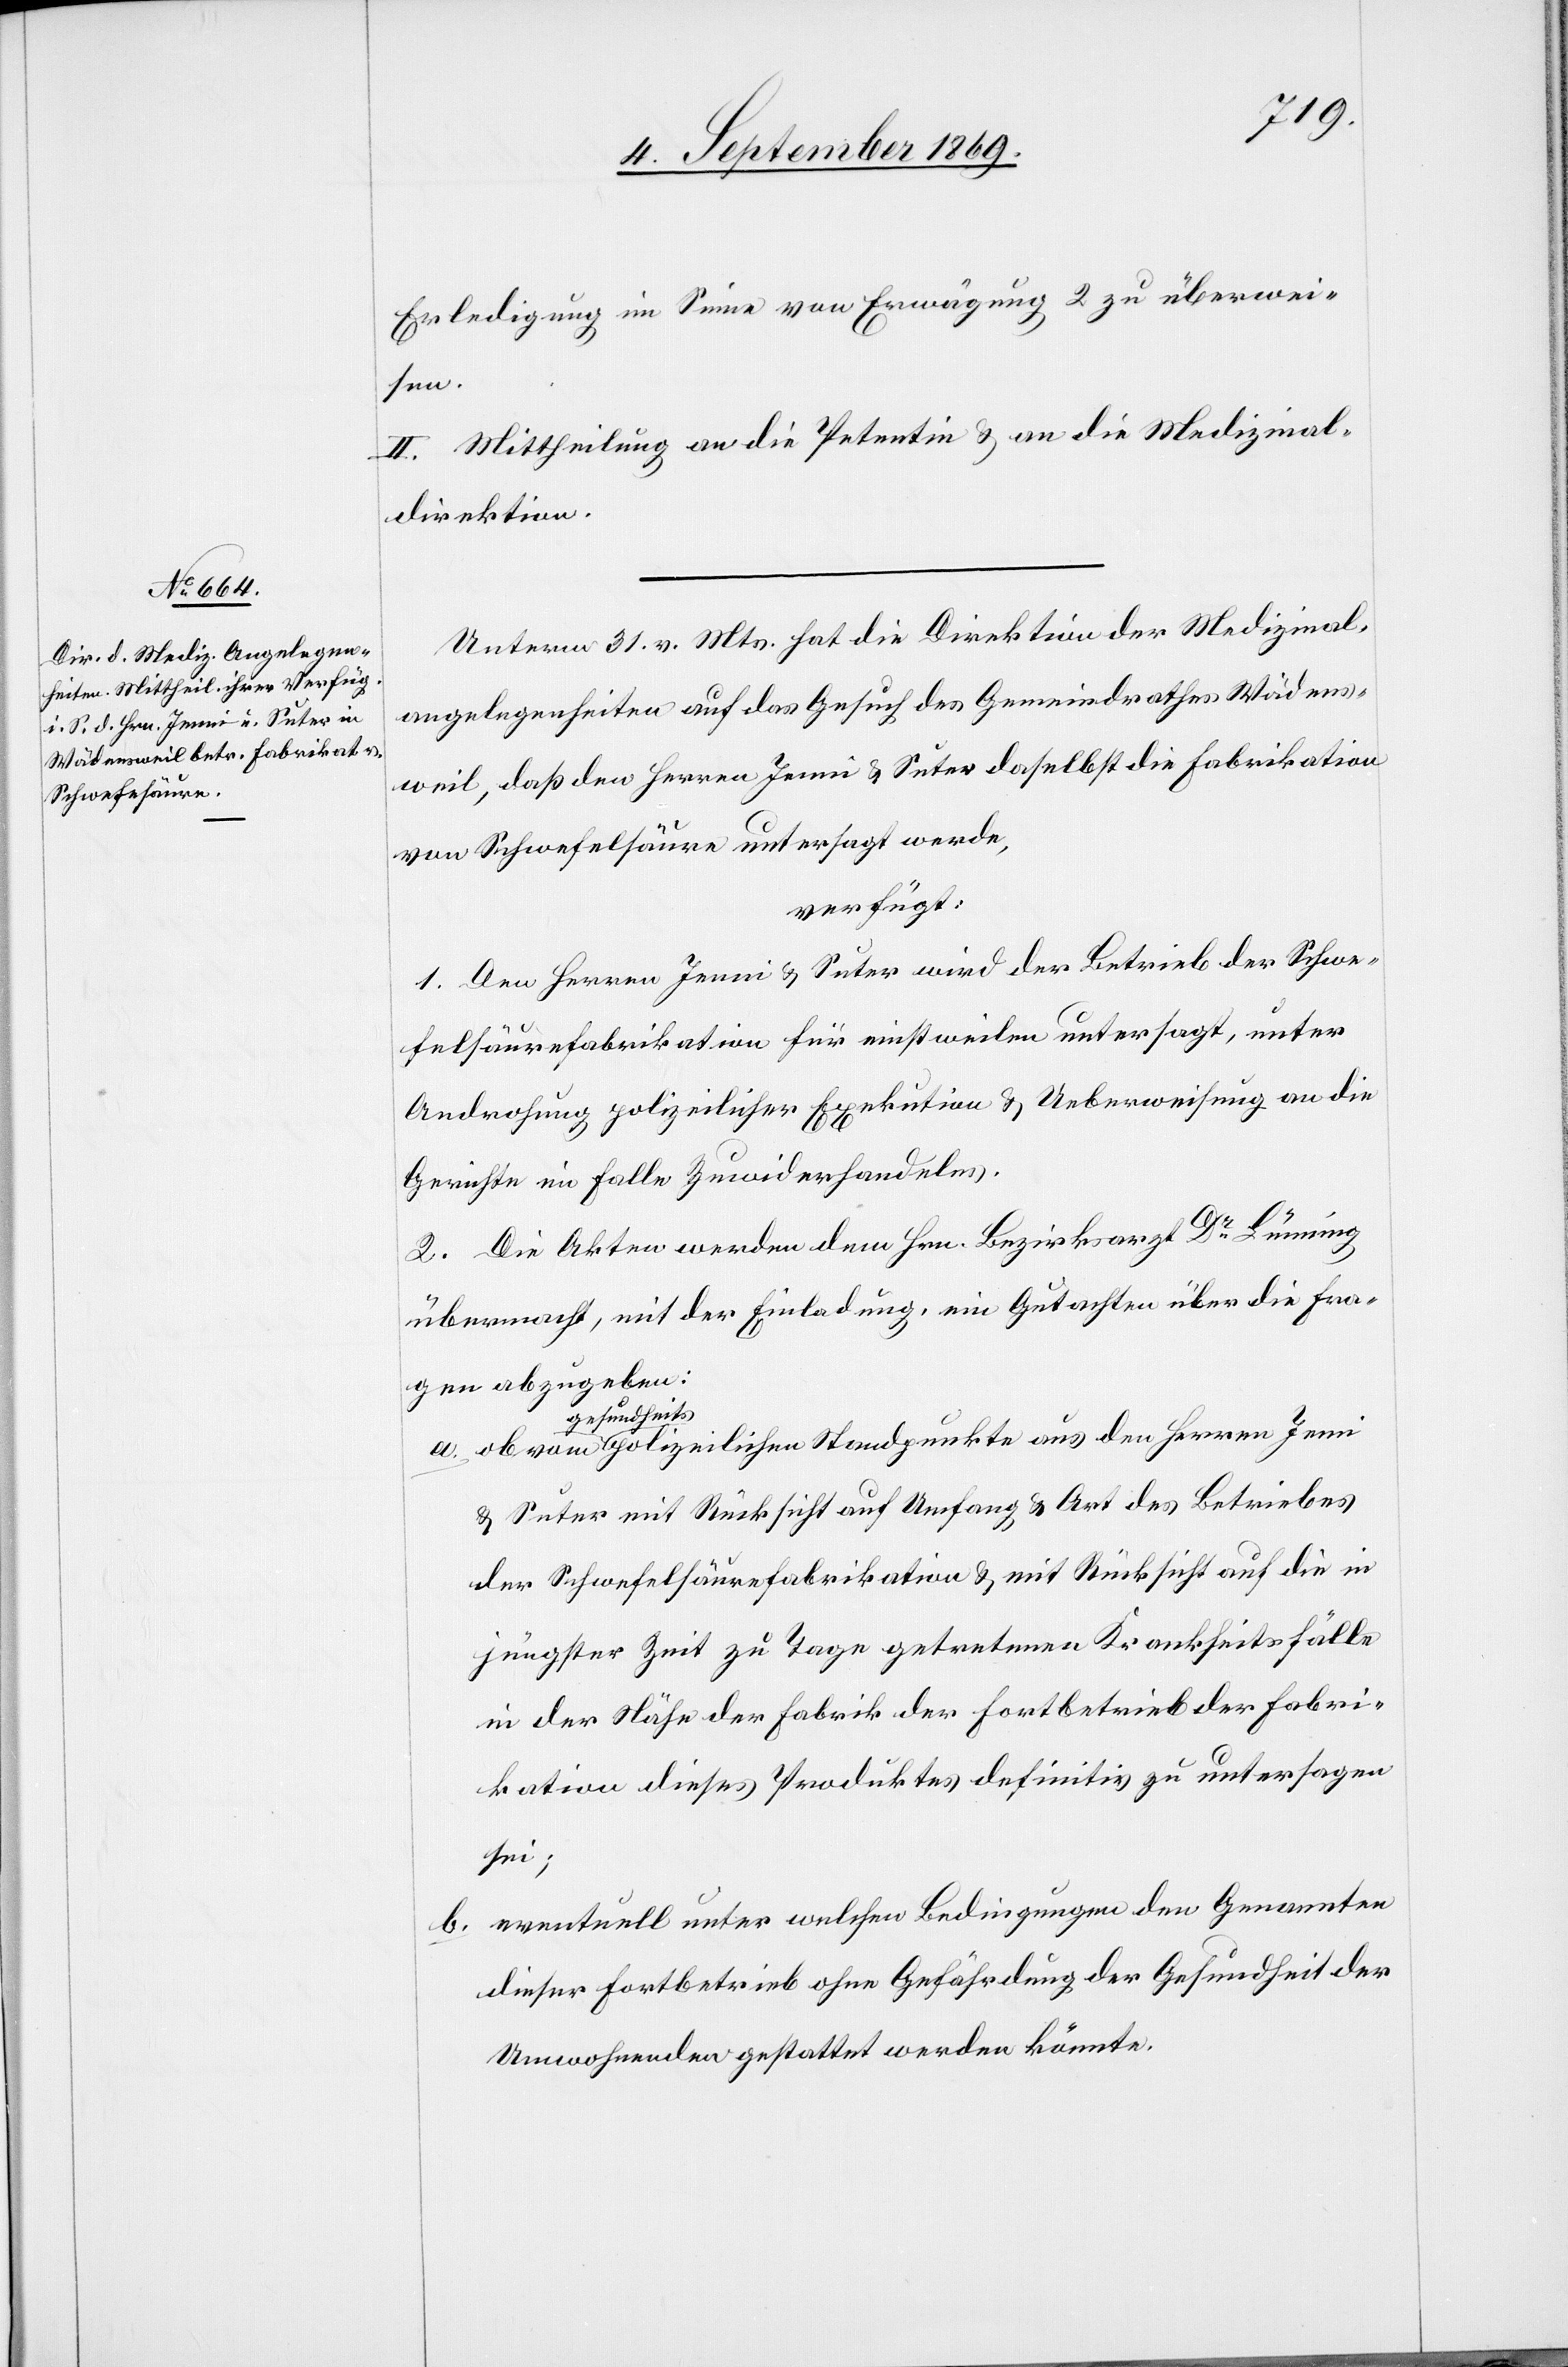
Erledigung im Sinne von Erwägung 2 zu überwei¬
Jenni
II. Mittheilung an die Petentin & an die Medizinal¬
direktion.
Unterm 31. v. Mts. hat die Direktion der Medizinal¬
angelegenheiten auf das Gesuch des Gemeindrathes Wädens¬
weil, daß den Herren Jenni & Suter daselbst die Fabrikation
von Schwefelsäure untersagt werde,
verfügt:
1. Den Herren Jenni & Suter wird der Betrieb der Schwe¬
felsäurefabrikation für einstweilen untersagt, unter
Androhung polizeilicher Exekution & Ueberweisung an die
Gerichte im Falle Zuwiderhandelns.
2. Die Akten werden den Hrn. Bezirksarzt Dr Lünning
übermacht, mit der Einladung, ein Gutachten über die Fra¬
gen abzugeben:
gesundheitspo¬
& Suter mit Rücksicht auf Umfang & Art des Betriebes
der Schwefelsäurefabrikation & mit Rücksicht auf die in
jüngster Zeit zu Tage getretenen Krankheitsfälle
in der Nähe der Fabrik der Fortbetrieb der Fabri¬
kation dieses Produktes definitiv zu untersagen
sei;
b. eventuell unter welchen Bedingungen den Genannten
dieser Fortbetrieb ohne Gefährdung der Gesundheit der
Umwohnenden gestattet werden könnte.